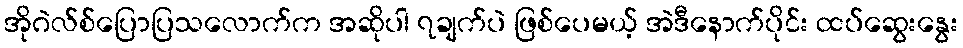
အိုဂဲလ်စ်ပြောပြသလောက်က အဆိုပါ ၇ချက်ပဲ ဖြစ်ပေမယ့် အဲဒီနောက်ပိုင်း ထပ်ဆွေးနွေး